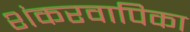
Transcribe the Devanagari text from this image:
शंकरवापिका